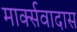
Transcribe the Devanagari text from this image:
मार्क्सवादास